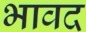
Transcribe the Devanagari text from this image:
भावद